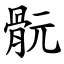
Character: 䯈